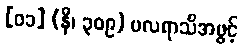
[၀၁] (နိ၊ ၃၀၉) ဗလရာသိအဖွင့်